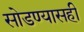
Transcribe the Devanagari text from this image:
सोडण्यासही